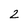
Character: 2